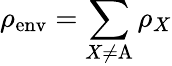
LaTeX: \rho_{\mathrm{env}}=\sum_{X\neq\mathrm{A}}\rho_{X}